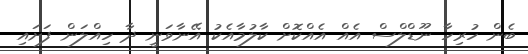
ބެން ހުރިހާ ނޫޑްލްސް އެއް އެއްކޮށް ކާލުމާއެކު އޭނާވަނީ ދާ ހިއްލަން ފަށައި